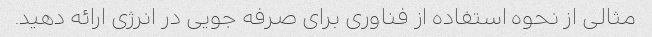
مثالی از نحوه استفاده از فناوری برای صرفه جویی در انرژی ارائه دهید.